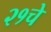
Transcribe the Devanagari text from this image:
२१चे